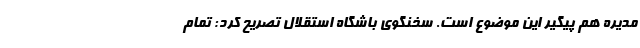
مدیره هم پیگیر این موضوع است. سخنگوی باشگاه استقلال تصریح کرد: تمام